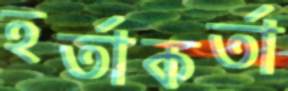
হর্তাকর্তা